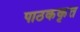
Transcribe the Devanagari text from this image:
पाठककृत